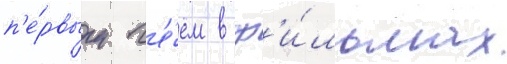
п'е́рвым г'е́ем в ф'и́льмах